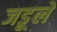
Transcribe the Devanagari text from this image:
जडूले